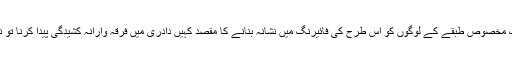
کسی ایک مخصوص طبقے کے لوگوں کو اس طرح کی فائیرنگ میں نشانہ بنانے کا مقصد کہیں دادری میں فرقہ وارانہ کشیدگی پیدا کرنا تو نہیں ہے؟